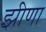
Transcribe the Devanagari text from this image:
झीणा